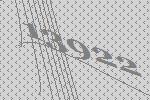
13922